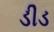
ડીડ